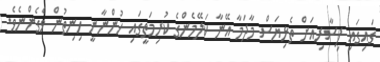
ގައިގައި ފިސާރިއަށް ތެޅިޔަސް މާދަމާ އޭނާ ކަލޭމެންގެ ކުރިމަތީގައި ހުންނާނީ ހިނިތުން ވެގެންނެވެ.